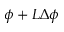
\phi + L \Delta \phi